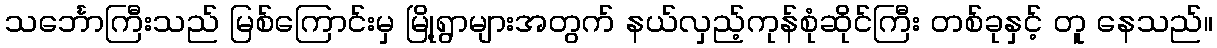
သင်္ဘောကြီးသည် မြစ်ကြောင်းမှ မြို့ရွာများအတွက် နယ်လှည့်ကုန်စုံဆိုင်ကြီး တစ်ခုနှင့် တူ နေသည်။